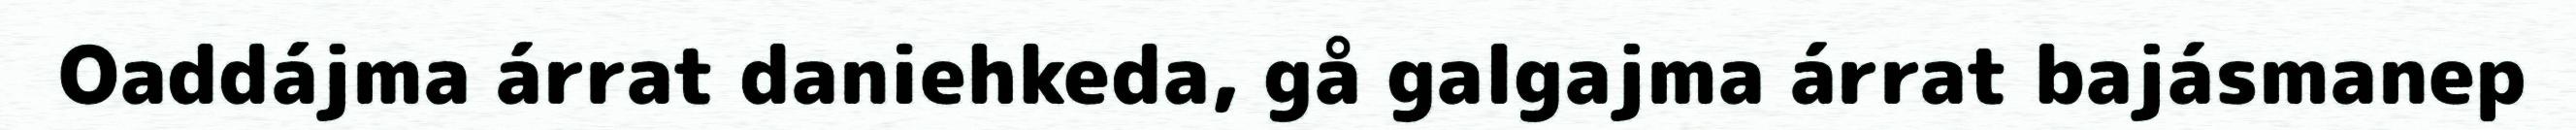
Oaddájma árrat daniehkeda, gå galgajma árrat bajásmanep